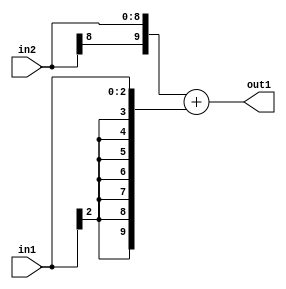
`timescale 1ps / 1ps
/*****************************************************************************
    Verilog RTL Description
    
    
    Created by: Stratus DpOpt 2019.1.01 
*******************************************************************************/

module DC_Filter_Add_9Sx3S_10S_4 (
	in2,
	in1,
	out1
	); /* architecture "behavioural" */ 
input [8:0] in2;
input [2:0] in1;
output [9:0] out1;
wire [9:0] asc001;

assign asc001 = 
	+({in2[8], in2})
	+({{7{in1[2]}}, in1});

assign out1 = asc001;
endmodule

/* CADENCE  ubL3SA8= : u9/ySgnWtBlWxVPRXgAZ4Og= ** DO NOT EDIT THIS LINE ******/